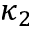
\kappa _ { 2 }